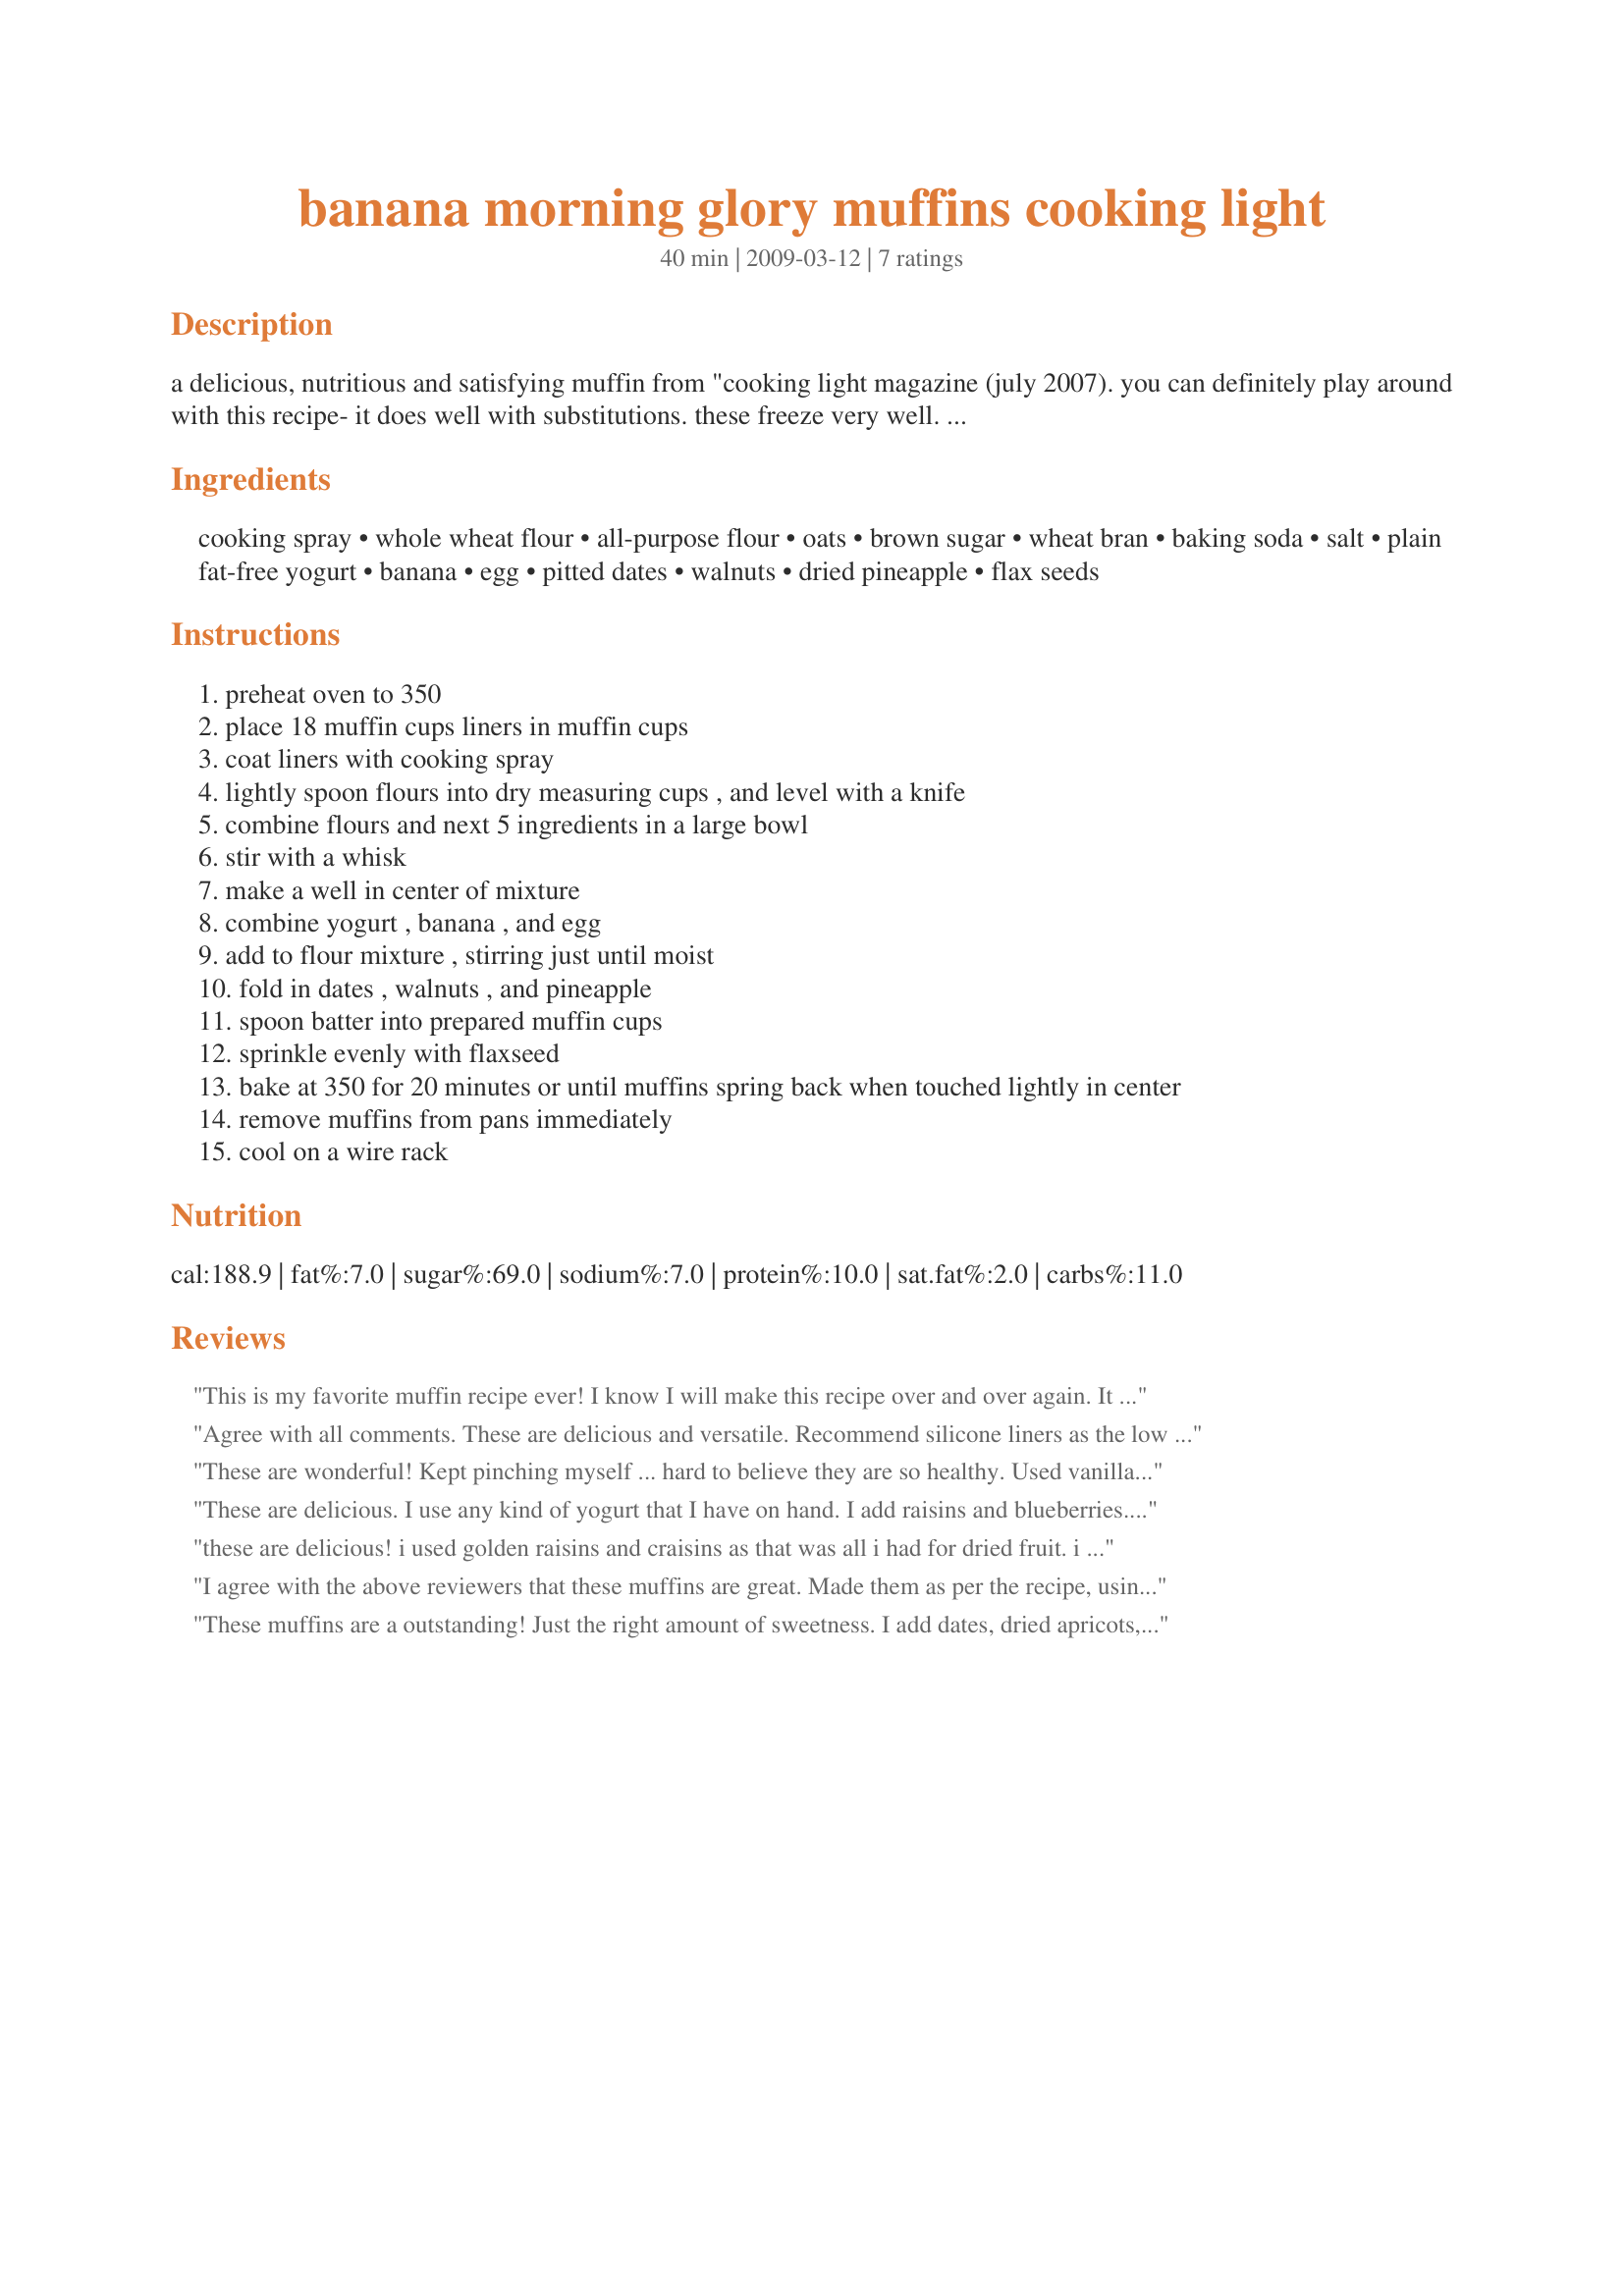
banana morning glory muffins cooking light
Preparation time: 40 minutes

a delicious, nutritious and satisfying muffin from "cooking light magazine (july 2007). you can definitely play around with this recipe- it does well with substitutions. these freeze very well. either microwave for 20 seconds or just pull one out of the freezer before you leave for the day, and it will be defrosted and perfect in about an hour, just in time for a snack!. if you want, you can fold the flax into the batter, rather than sprinkling it on top.

Ingredients:
cooking spray, whole wheat flour, all-purpose flour, oats, brown sugar, wheat bran, baking soda, salt, plain fat-free yogurt, banana, egg, pitted dates, walnuts, dried pineapple, flax seeds

Steps:
preheat oven to 350
place 18 muffin cups liners in muffin cups
coat liners with cooking spray
lightly spoon flours into dry measuring cups , and level with a knife
combine flours and next 5 ingredients in a large bowl
stir with a whisk
make a well in center of mixture
combine yogurt , banana , and egg
add to flour mixture , stirring just until moist
fold in dates , walnuts , and pineapple
spoon batter into prepared muffin cups
sprinkle evenly with flaxseed
bake at 350 for 20 minutes or until muffins spring back when touched lightly in center
remove muffins from pans immediately
cool on a wire rack

Reviews:
This is my favorite muffin recipe ever! I know I will make this recipe over and over again. It is delicious! I used golden raisins, dried pineapple and vanilla yogurt when I made mine. I froze half of the muffins for quick and easy breakfasts later...they do freeze very well. Pop one in the toaster oven to heat....Yummy!!! Many thanks blucoat!
Agree with all comments. These are delicious and versatile. Recommend silicone liners as the low fat contents means these stick to paper liners.
These are wonderful! Kept pinching myself ... hard to believe they are so healthy. Used vanilla low fat yogurt, because that's what I had. Left out the wheat bran and flax seed, didn't have any. Used pitted prunes, dried apricots, dried pineapple, chopped dates, and craisins. The chewy dried fruit is a sweet treat in these moist, good-for-you muffins!
These are delicious. I use any kind of yogurt that I have on hand. I add raisins and blueberries. They&#039;re moist and freeze well. Highly recommended!
these are delicious! i used golden raisins and craisins as that was all i had for dried fruit. i also left out the oat bran as i didn't have any, but they turned out great!
I agree with the above reviewers that these muffins are great. Made them as per the recipe, using dates and blueberries. The blueberries were amazing - I highly recommend them. I did find the dates were a bit too sweet for me in the recipe. I think the muffins are actually a little on the sweet side without the dates (maybe because my bananas were super-ripe, almost black), so next time I will leave out dates and possibly reduce the brown sugar.
These muffins are a outstanding! Just the right amount of sweetness. I add dates, dried apricots, dried coconut as well as sunflower seeds and walnuts. I make sure there is always a supply of these on hand.
